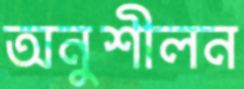
অনুশীলন